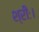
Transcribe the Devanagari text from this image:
श्रीः।